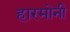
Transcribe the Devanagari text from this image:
हारमोनी